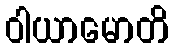
ဝါယာမောတိ